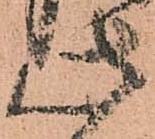
此